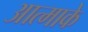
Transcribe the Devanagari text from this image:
आत्माके